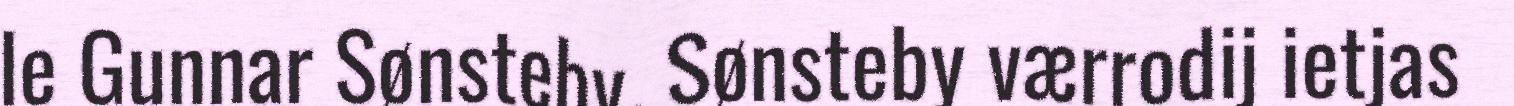
le Gunnar Sønsteby. Sønsteby værrodij ietjas